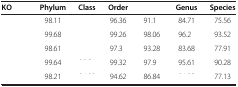
<table><thead><tr><td><b>KO</b></td><td><b>Phylum</b></td><td><b>Class</b></td><td><b>Order</b></td><td>[EMPTY_CELL]</td><td><b>Genus</b></td><td><b>Species</b></td></tr></thead><tbody><tr><td>[EMPTY_CELL]</td><td>98.11</td><td>[EMPTY_CELL]</td><td>96.36</td><td>91.1</td><td>84.71</td><td>75.56</td></tr><tr><td>[EMPTY_CELL]</td><td>99.68</td><td>[EMPTY_CELL]</td><td>99.26</td><td>98.06</td><td>96.2</td><td>93.52</td></tr><tr><td>[EMPTY_CELL]</td><td>98.61</td><td>[EMPTY_CELL]</td><td>97.3</td><td>93.28</td><td>83.68</td><td>77.91</td></tr><tr><td>[EMPTY_CELL]</td><td>99.64</td><td>[EMPTY_CELL]</td><td>99.32</td><td>97.9</td><td>95.61</td><td>90.28</td></tr><tr><td>[EMPTY_CELL]</td><td>98.21</td><td>[EMPTY_CELL]</td><td>94.62</td><td>86.84</td><td>[EMPTY_CELL]</td><td>77.13</td></tr></tbody></table>